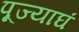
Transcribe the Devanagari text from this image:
पूज्याघं